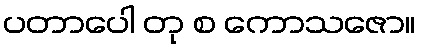
ပတာပေါ တု စ ကောသဇော။